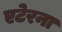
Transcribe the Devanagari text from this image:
एटेरना